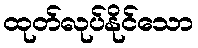
ထုတ်လုပ်နိုင်သော